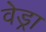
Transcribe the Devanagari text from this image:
वेड्रा